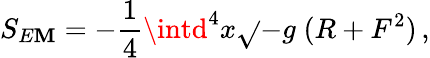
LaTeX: S_{E\mathbf{M}}=-{\frac{{1}}{{4}}}\intd^{4}x\sqrt{}{{-g}}\; (R+F^{2})\, ,